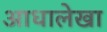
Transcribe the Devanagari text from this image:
आधालेखा